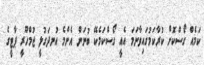
ކަމެއް ގޯސްކޮށް ކުރާކަމުގައިވާނަމަ އެއީ ގޯސްކަމެކޭ ބުނަން އެންމެ އުނދަގުލީ ޖުމްހޫރީ ޕާޓީގެ